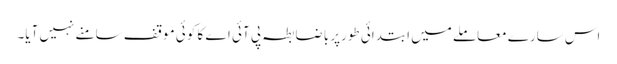
اس سارے معاملے میں ابتدائی طورپر باضابطہ پی آئی اے کا کوئی موقف سامنے نہیں آیا۔